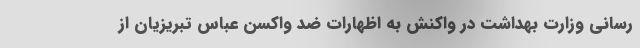
رسانی وزارت بهداشت در واکنش به اظهارات ضد واکسن عباس تبریزیان از